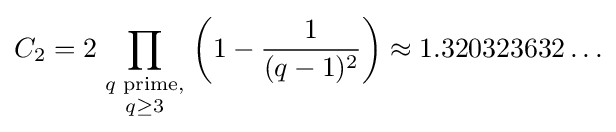
C_{2}=2\prod _{\textstyle {q{\text{ prime,}} \atop q\geq 3}}\left(1-{\frac {1}{(q-1)^{2}}}\right)\approx 1.320323632\ldots